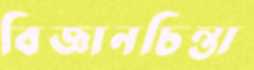
বিজ্ঞানচিন্তা